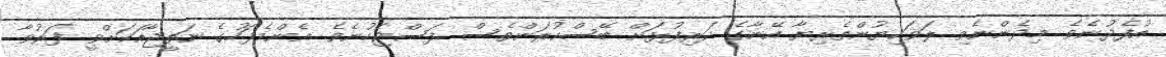
އުފެދުނެވެ. މިދެންނެވި ލަވަކިޔުންތެރިޔާ އޭނާގެ ދަރިފުޅަށް ބޭސްކުރަންވެސް ފަސްޖެހުނެވެ. އެންމެފަހުގެ ނަތީޖާއަކަށްވީ ފަރުވާ